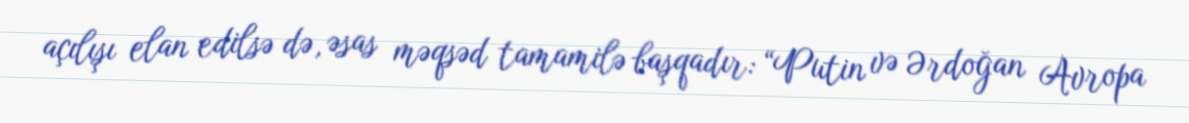
açılışı elan edilsə də, əsas məqsəd tamamilə başqadır: “Putin və Ərdoğan Avropa